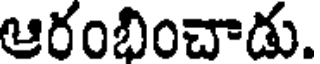
ఆరంభించాడు.